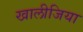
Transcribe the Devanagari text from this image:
खालीजिया